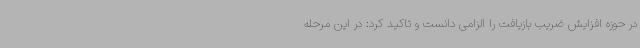
در حوزه افزایش ضریب بازیافت را الزامی دانست و تاکید کرد: در این مرحله